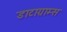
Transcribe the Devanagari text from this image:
डाटाग्राम्स